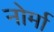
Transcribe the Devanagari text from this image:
नोर्मा